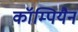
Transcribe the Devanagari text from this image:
कॉम्पियैन